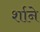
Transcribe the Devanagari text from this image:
र्शाने